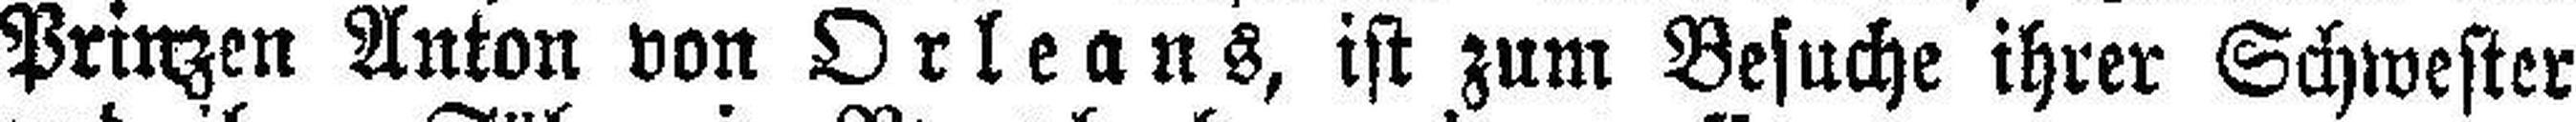
Prinzen Anton von Orleans, ist zum Besuche ihrer Schwester